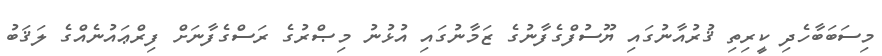
މިސަބަބާހެދި ކީރިތި ޤުރުއާނުގައި ޔޫސުފްގެފާނުގެ ޒަމާނުގައި އުޅުނު މިޞްރުގެ ރަސްގެފާނަށް ފިރްޢައުނެއްގެ ލަޤަބު